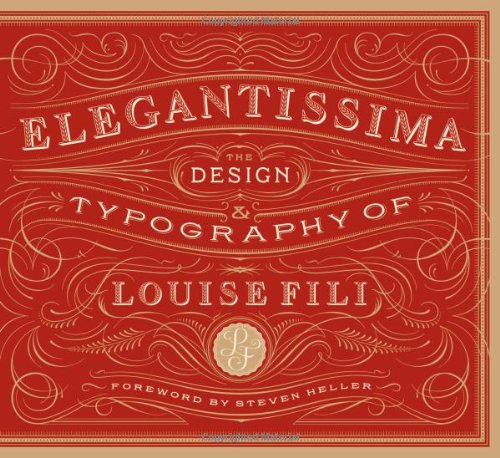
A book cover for Elegantissima: The Design and Typography of Louise Fili; Louise Fili; Arts & Photography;